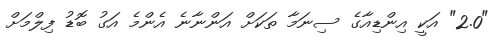
"2.0" އަކީ އިންޑިއާގެ ސިނަމާ ތަކަށް އަންނާނެ އެންމެ އަގު ބޮޑު ފިލްމަށް